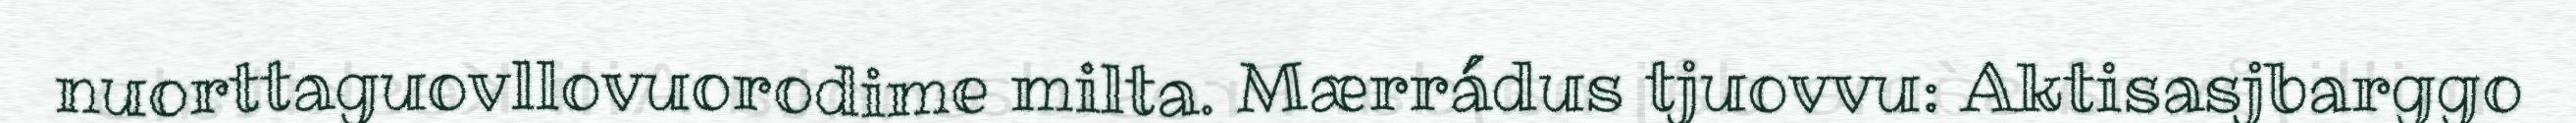
nuorttaguovllovuorodime milta. Mærrádus tjuovvu: Aktisasjbarggo